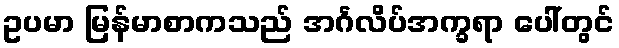
ဥပမာ မြန်မာစာကသည် အင်္ဂလိပ်အက္ခရာ ပေါ်တွင်